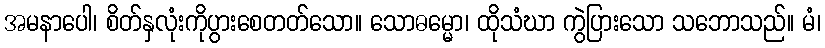
အမနာပေါ၊ စိတ်နှလုံးကိုပွားစေတတ်သော။ သောဓမ္မော၊ ထိုသံဃာ ကွဲပြားသော သဘောသည်။ မံ၊